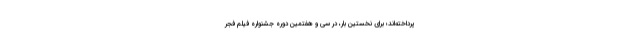
پرداخته‌اند؛ برای نخستین بار، در سی و هفتمین دوره جشنواره فیلم فجر